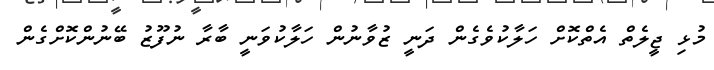
މުޅި ޖީލެތް އެތްކޮށް ހަލާކުވެގެން ދަނީ ޒުވާނުން ހަލާކުވަނީ ބާރާ ނުފޫޒު ބޭނުންކޮށްގެން